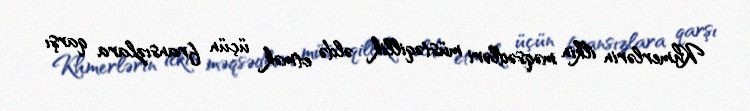
Khmerlərin ilkin məqsədləri müstəqillik əldə etmək üçün fransızlara qarşı